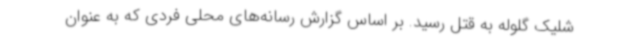
شلیک گلوله به قتل رسید. بر اساس گزارش رسانه‌های محلی فردی که به عنوان